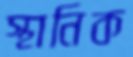
স্থানিক